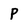
Character: P